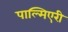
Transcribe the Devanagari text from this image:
पाल्मिएरी